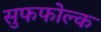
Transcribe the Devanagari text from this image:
सुफफोल्क